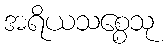
အရိယသစ္စေသု